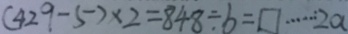
( 4 2 9 - 5 ) \times 2 = 8 4 8 \div b = \square \cdots 2 a